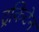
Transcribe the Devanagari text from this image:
ट्रकिटेन